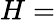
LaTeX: H=